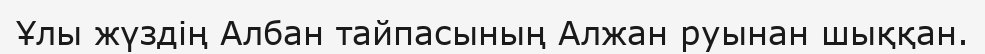
Ұлы жүздің Албан тайпасының Алжан руынан шыққан.